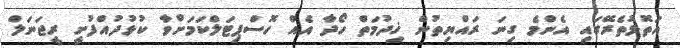
އަތޮޅުތެރޭގައި އެންމެ ގިނަ ރައްޔިތުން ޚިދުމަތް ހޯދާ އެއް ހޮސްޕިޓަލްކަމަށްވާ ކުޅުދުއްފުށީ ރީޖަނަލް